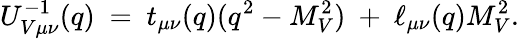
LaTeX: U_{V\mu\nu}^{-1}(q)\ =\ t_{\mu\nu}(q)(q^{2}-M_{V}^{2})\ +\ \ell_{\mu\nu}(q)M_{V}^{2}.